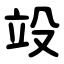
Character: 竐